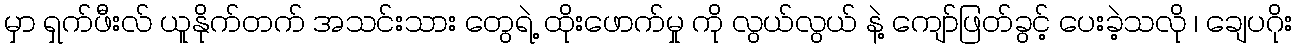
မှာ ရှက်ဖီးလ် ယူနိုက်တက် အသင်းသား တွေရဲ့ ထိုးဖောက်မှု ကို လွယ်လွယ် နဲ့ ကျော်ဖြတ်ခွင့် ပေးခဲ့သလို ၊ ချေပဂိုး